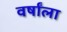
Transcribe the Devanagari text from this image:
वर्षांला